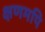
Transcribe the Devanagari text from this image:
क्षणमपि